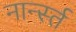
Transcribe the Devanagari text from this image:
नार्न्स्त